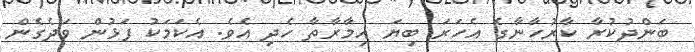
ބަންދުކުރާ ކާރުހާނާގެ އެހަރަ ބިޔަ އިމާރާތާ ހެދި އެވެ. އެކަމަކު ފަޅުން ވަދެގެން